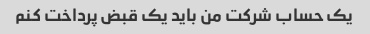
یک حساب شرکت من باید یک قبض پرداخت کنم